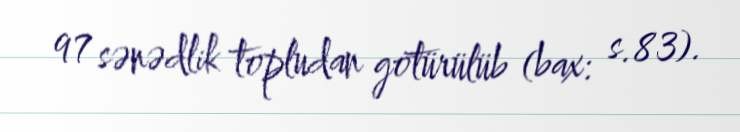
97 sənədlik topludan götürülüb (bax: s.83).